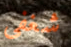
شغفي